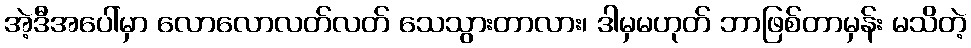
အဲ့ဒီအပေါ်မှာ လောလောလတ်လတ် သေသွားတာလား၊ ဒါမှမဟုတ် ဘာဖြစ်တာမှန်း မသိတဲ့